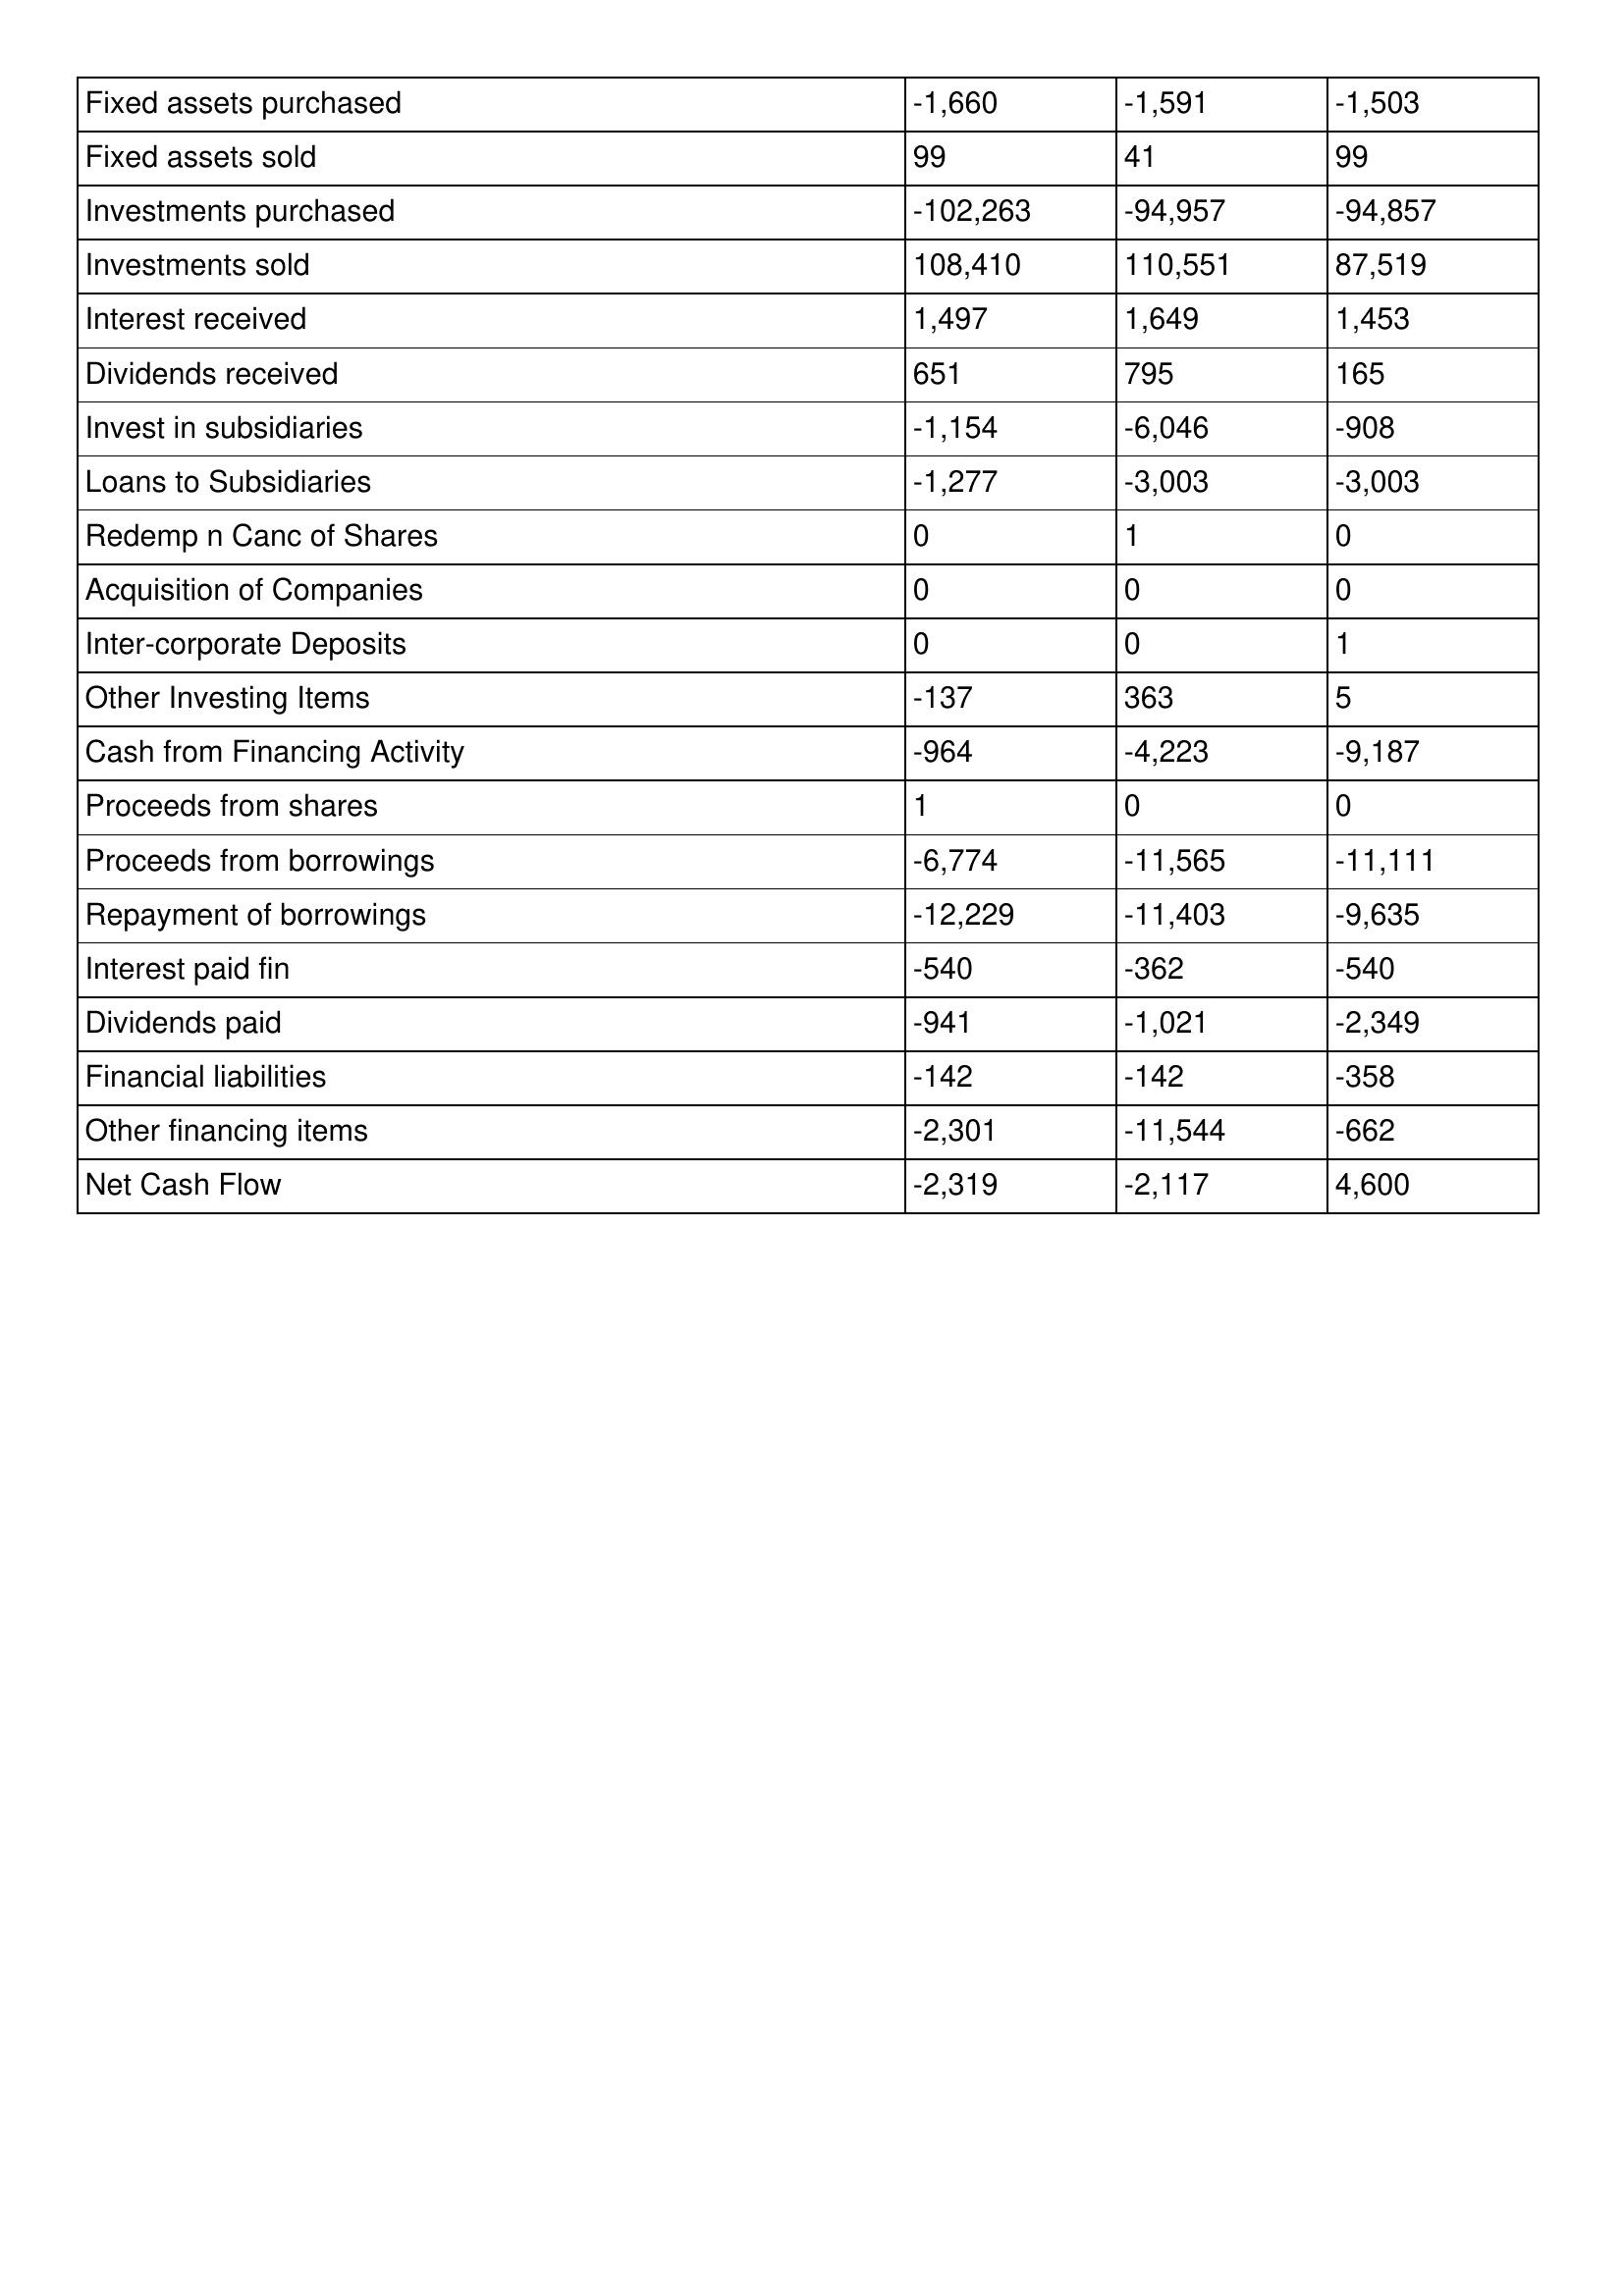
gt_parse: 1992: Cash Flows: Fixed assets purchased: -1,660
Fixed assets sold: 99
Investments purchased: -102,263
Investments sold: 108,410
Interest received: 1,497
Dividends received: 651
Invest in subsidiaries: -1,154
Loans to Subsidiaries: -1,277
Redemp n Canc of Shares: 0
Acquisition of Companies: 0
Inter-corporate Deposits: 0
Other Investing Items: -137
Cash from Financing Activity: -964
Proceeds from shares: 1
Proceeds from borrowings: -6,774
Repayment of borrowings: -12,229
Interest paid fin: -540
Dividends paid: -941
Financial liabilities: -142
Other financing items: -2,301
Net Cash Flow: -2,319
1991: Cash Flows: Fixed assets purchased: -1,591
Fixed assets sold: 41
Investments purchased: -94,957
Investments sold: 110,551
Interest received: 1,649
Dividends received: 795
Invest in subsidiaries: -6,046
Loans to Subsidiaries: -3,003
Redemp n Canc of Shares: 1
Acquisition of Companies: 0
Inter-corporate Deposits: 0
Other Investing Items: 363
Cash from Financing Activity: -4,223
Proceeds from shares: 0
Proceeds from borrowings: -11,565
Repayment of borrowings: -11,403
Interest paid fin: -362
Dividends paid: -1,021
Financial liabilities: -142
Other financing items: -11,544
Net Cash Flow: -2,117
1990: Cash Flows: Fixed assets purchased: -1,503
Fixed assets sold: 99
Investments purchased: -94,857
Investments sold: 87,519
Interest received: 1,453
Dividends received: 165
Invest in subsidiaries: -908
Loans to Subsidiaries: -3,003
Redemp n Canc of Shares: 0
Acquisition of Companies: 0
Inter-corporate Deposits: 1
Other Investing Items: 5
Cash from Financing Activity: -9,187
Proceeds from shares: 0
Proceeds from borrowings: -11,111
Repayment of borrowings: -9,635
Interest paid fin: -540
Dividends paid: -2,349
Financial liabilities: -358
Other financing items: -662
Net Cash Flow: 4,600